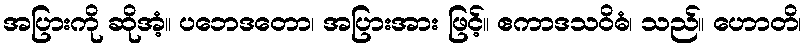
အပြားကို ဆိုအံ့။ ပဘေဒတော၊ အပြားအား ဖြင့်။ ဧကာဒသဝိဓံ၊ သည်။ ဟောတိ၊